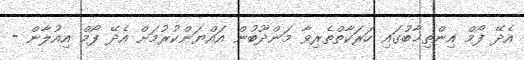
އެދޭ ފޯމް އިންތިޚާބުގައި ހަރަކާތްތެރިވާ މަންދޫބުން އައްޔަންކުރުމަށް އެދޭ ފޯމް އިއުލާން -